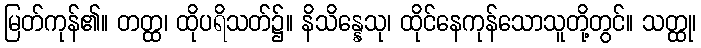
မြတ်ကုန်၏။ တတ္ထ၊ ထိုပရိသတ်၌။ နိသိန္နေသု၊ ထိုင်နေကုန်သောသူတို့တွင်။ သတ္ထု၊